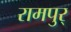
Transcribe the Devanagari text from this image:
रामपुर्